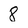
Character: 8